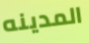
المدينه